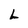
Character: L